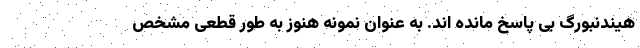
هیندنبورگ بی پاسخ مانده اند. به عنوان نمونه هنوز به طور قطعی مشخص